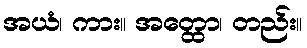
အယံ၊ ကား။ အတ္ထော၊ တည်း။